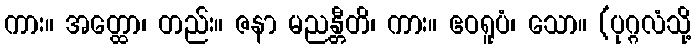
ကား။ အတ္ထော၊ တည်း။ ဇနာ မညန္တီတိ၊ ကား။ ဧဝရူပံ၊ သော။ (ပုဂ္ဂလံသို့